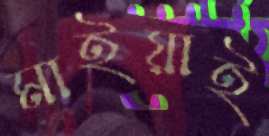
মাইয়াই